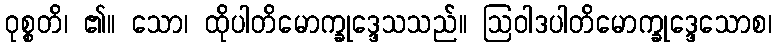
ဝုစ္စတိ၊ ၏။ သော၊ ထိုပါတိမောက္ခုဒ္ဒေသသည်။ ဩဝါဒပါတိမောက္ခုဒ္ဒေသောစ၊